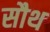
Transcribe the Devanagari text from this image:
सौथ